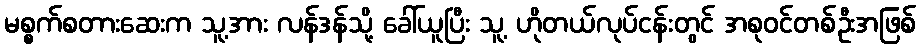
မစ္စက်စတားဆေးက သူ့အား လန်ဒန်သို့ ခေါ်ယူပြီး သူ့ ဟိုတယ်လုပ်ငန်းတွင် အစုဝင်တစ်ဦးအဖြစ်